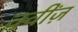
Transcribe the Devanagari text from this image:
क्वींज़